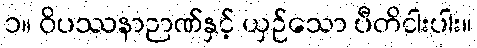
၁။ ဝိပဿနာဉာဏ်နှင့် ယှဉ်သော ပီတိငါးပါး။